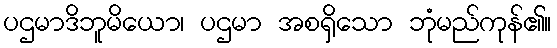
ပဌမာဒိဘူမိယော၊ ပဌမာ အစရှိသော ဘုံမည်ကုန်၏။